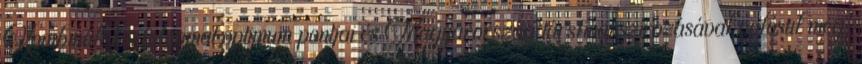
Kombinált körfolyamat optimum pontjai és Magyarország társfinanszírozásával valósul meg.